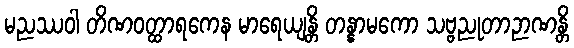
မညဿဝါ တိဏဝတ္ထာရကေန မာရေယျန္တိ တန္နာမကော သဗ္ဗညုတာဉာဏန္တိ